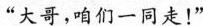
“大哥，咱们一同走！”